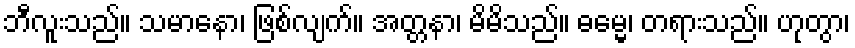
ဘီလူးသည်။ သမာနော၊ ဖြစ်လျက်။ အတ္တနာ၊ မိမိသည်။ ဓမ္မေ၊ တရားသည်။ ဟုတွာ၊